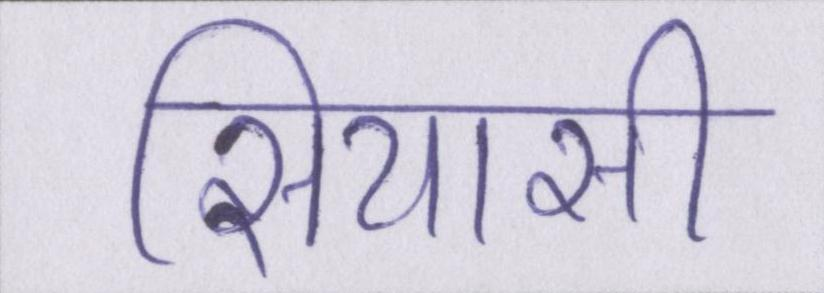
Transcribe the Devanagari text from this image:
सियासी